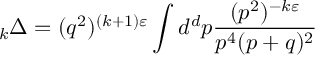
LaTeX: \mathrm { } _ { k } \Delta = ( q ^ { 2 } ) ^ { ( k + 1 ) \varepsilon } \int d ^ { d } p \frac { ( p ^ { 2 } ) ^ { - k \varepsilon } } { p ^ { 4 } ( p + q ) ^ { 2 } }